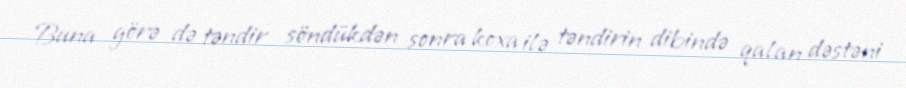
Buna görə də təndir söndükdən sonra koxa ilə təndirin dibində qalan dəstəni